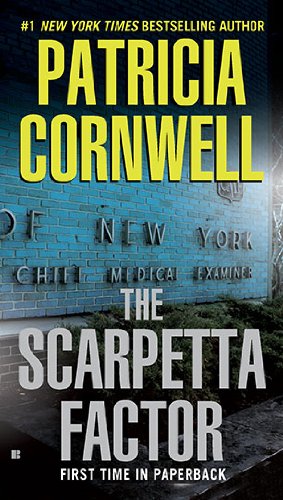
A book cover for The Scarpetta Factor: Scarpetta (Book 17); Patricia Cornwell; Mystery, Thriller & Suspense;